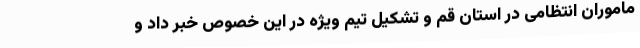
ماموران انتظامی در استان قم و تشکیل تیم ویژه در این خصوص خبر داد و